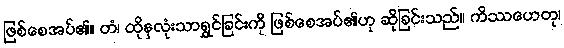
ဖြစ်စေအပ်၏။ တံ၊ ထိုနှလုံးသာရွှင်ခြင်းကို ဖြစ်စေအပ်၏ဟု ဆိုခြင်းသည်။ ကိဿဟေတု၊